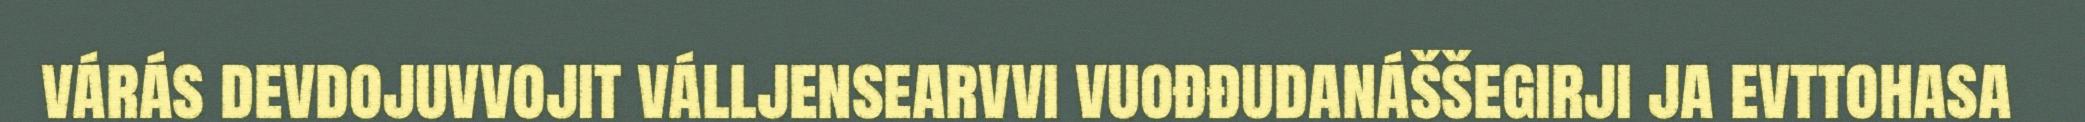
várás devdojuvvojit válljensearvvi vuođđudanáššegirji ja evttohasa